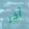
آخر